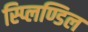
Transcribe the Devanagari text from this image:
स्प्लिण्डिल